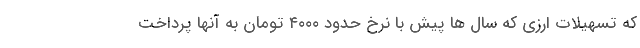
که تسهیلات ارزی که سال ها پیش با نرخ حدود ۴۰۰۰ تومان به آنها پرداخت